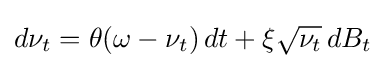
d\nu _{t}=\theta (\omega -\nu _{t})\,dt+\xi {\sqrt {\nu _{t}}}\,dB_{t}